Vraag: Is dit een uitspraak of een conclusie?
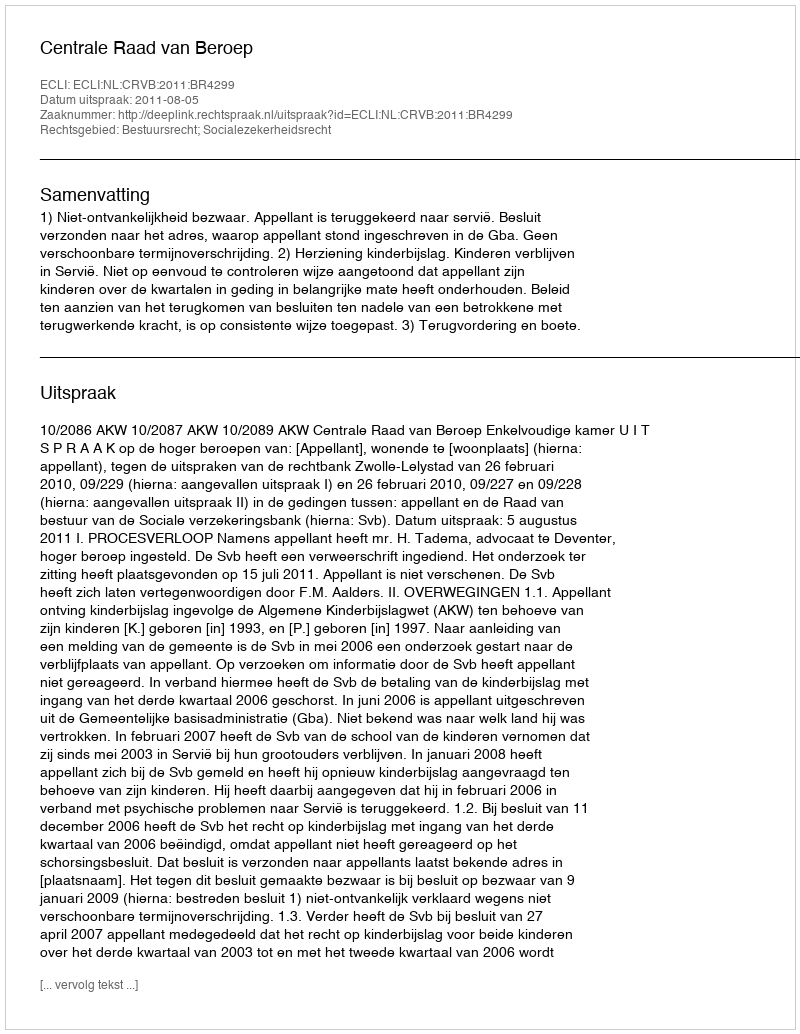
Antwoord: Uitspraak